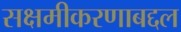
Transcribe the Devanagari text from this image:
सक्षमीकरणाबद्दल